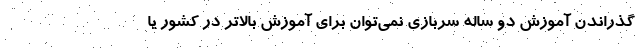
گذراندن آموزش دو ساله سربازی نمی‌توان برای آموزش بالا‌تر در کشور یا